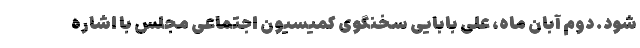
شود. دوم آبان ماه، علی بابایی سخنگوی کمیسیون اجتماعی مجلس با اشاره